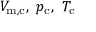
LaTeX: V _ { \mathrm { m , c } } , \ p _ { \mathrm { c } } , \ T _ { \mathrm { c } }